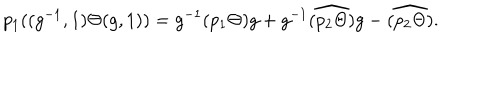
LaTeX: p _ { 1 } ( ( g ^ { - 1 } , 1 ) \Theta ( g , 1 ) ) = g ^ { - 1 } ( p _ { 1 } \Theta ) g + g ^ { - 1 } \widehat { ( p _ { 2 } \Theta ) } g - \widehat { ( p _ { 2 } \Theta ) } .